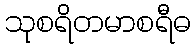
သုစရိတမာစရီဓ